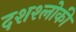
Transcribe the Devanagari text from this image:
दशश्लोकी